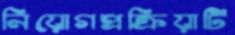
নিয়োগপ্রক্রিয়াটি